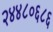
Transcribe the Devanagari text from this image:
२४४८०६८६